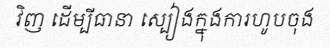
វិញ ដើម្បីធានា ស្បៀងក្នុងការហូបចុង